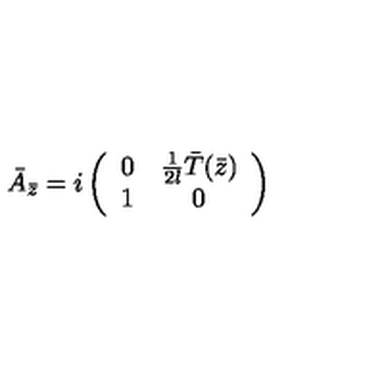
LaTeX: \bar { A } _ { \bar { z } } = i \left( \begin{array} { c c } { 0 } & { { \frac { 1 } { 2 l } } \bar { T } ( \bar { z } ) } \\ { 1 } & { 0 } \\ \end{array} \right)